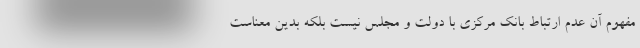
مفهوم آن عدم ارتباط بانک مرکزی با دولت و مجلس نیست بلکه بدین معناست